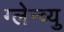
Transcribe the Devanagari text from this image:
ग्लेन्व्यु